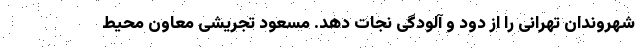
شهروندان تهرانی را از دود و آلودگی نجات دهد. مسعود تجریشی معاون محیط